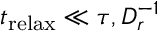
t _ { \mathrm { r e l a x } } \ll \tau , D _ { r } ^ { - 1 }